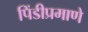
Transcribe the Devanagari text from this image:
पिंडीप्रमाणे